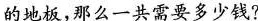
的地板，那么一共需要多少钱?